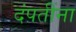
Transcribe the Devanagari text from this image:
दंपतींना